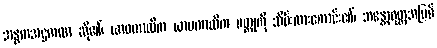
အန္ဓကအဋ္ဌကထာ ဆို၏၊ ယာဝကာလိက ယာမကာလိက ဝတ္ထုကို သိမ်းထားကောင်း၏၊ အန္တောဝုတ္ထအပြစ်